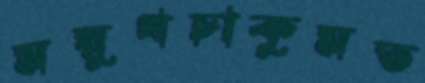
ময়ুখচাকুমত